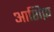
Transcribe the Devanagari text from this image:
आशिफ़